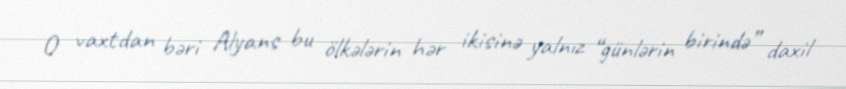
O vaxtdan bəri Alyans bu ölkələrin hər ikisinə yalnız “günlərin birində” daxil